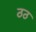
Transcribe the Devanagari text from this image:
ठठ